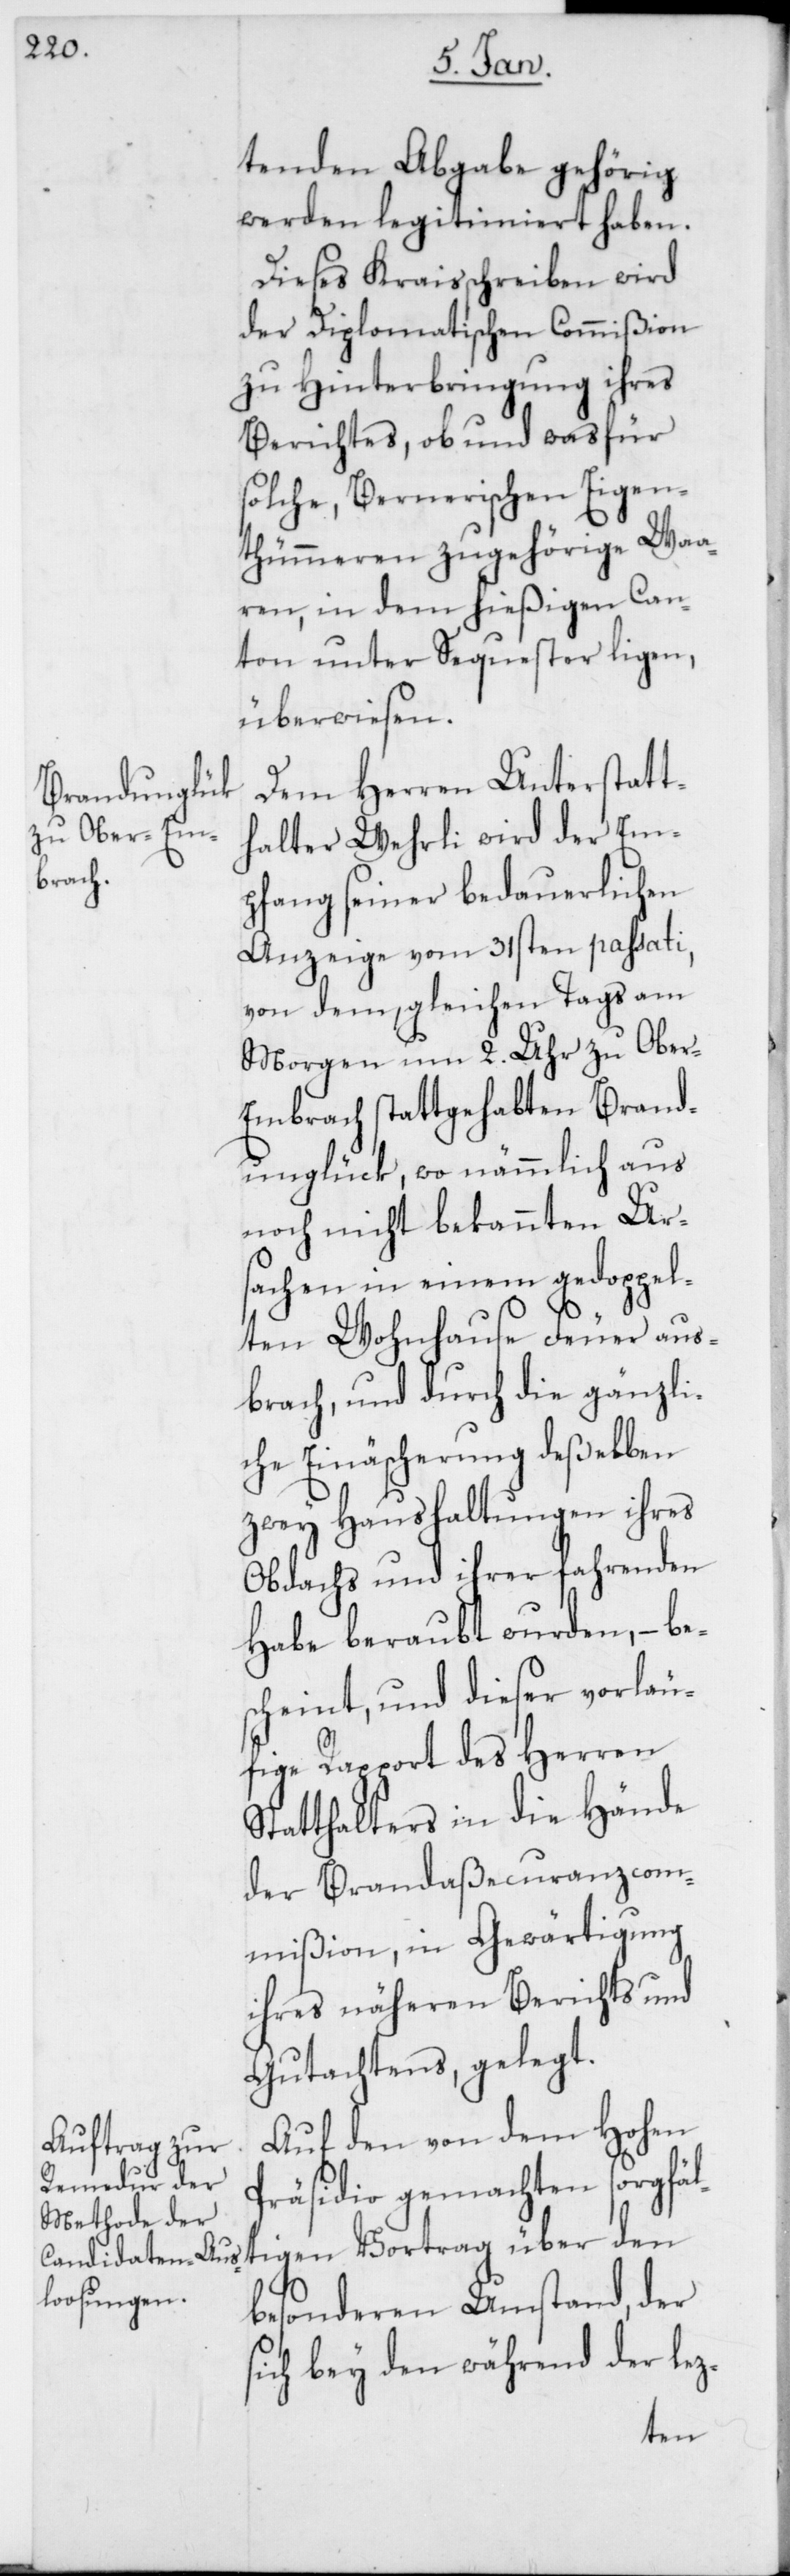
tenden Abgaben gehörig
werden legitimiert haben.
Dieses Kraisschreiben wird
der Diplomatischen Commißion
zu Hinterbringung ihres
Berichtes, ob und was für
solche, Bernerischen Eigen¬
thümeren zugehörige Waa¬
ren, in dem hießigen Can¬
ton unter Sequester ligen,
überwiesen.
Dem Herren Unterstatt¬
halter Wehrli wird der Em¬
pfang seiner bedauerlichen
Anzeige vom 31sten passati,
von dem, gleichen Tags am
Morgen um 2. Uhr zu Ober-E¬
mbrach stattgehabten Brand¬
unglück, wo nämmlich aus
noch nicht bekannten Urs¬
achen in einem gedoppel¬
ten Wohnhause Feuer aus¬
brach, und durch die gänzli¬
che Einäscherung deßelben
zwey Haushaltungen ihres
Obdachs und ihrer fahrenden
Habe beraubt wurden, – be¬
scheint, und dieser vorläu¬
fige Rapport des Herren
Statthalters in die Hände
der Brandaßecuranzcom¬
mißion, in Gewärtigung
ihres näheren Berichts und
Gutachtens, gelegt.
Auf den von dem Hohen
Präsidio gemachten sorgfäl¬
tigen Vortrag über den
besonderen Umstand, der
sich bey den während der lez-